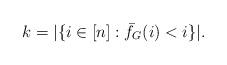
LaTeX: \begin{align*}k = |\{i \in [n] : \bar{f}_G(i) < i \}|.\end{align*}